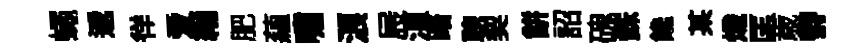
蠅遞徉爱縉肥蘊嘯浪屐湏踏聰契餅詔磈銖饞某熾匡歳欎